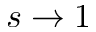
s \rightarrow 1